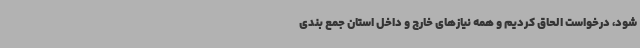
شود، درخواست الحاق کردیم و همه نیازهای خارج و داخل استان جمع بندی